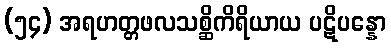
(၅၄) အရဟတ္တဖလသစ္ဆိကိရိယာယ ပဋိပန္နော